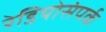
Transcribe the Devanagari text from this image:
रेडियोसंपर्क